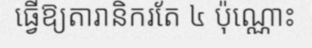
ធ្វើឱ្យតារានិករតែ ៤ ប៉ុណ្ណោះ